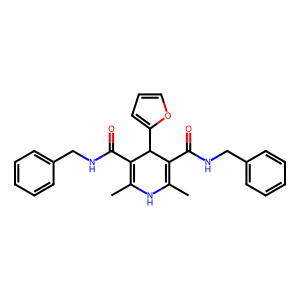
SMILES: CC1=C(C(=O)NCc2ccccc2)C(c2ccco2)C(C(=O)NCc2ccccc2)=C(C)N1
Inhibits HIV replication: No